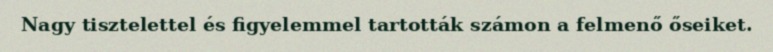
Nagy tisztelettel és figyelemmel tartották számon a felmenő őseiket.